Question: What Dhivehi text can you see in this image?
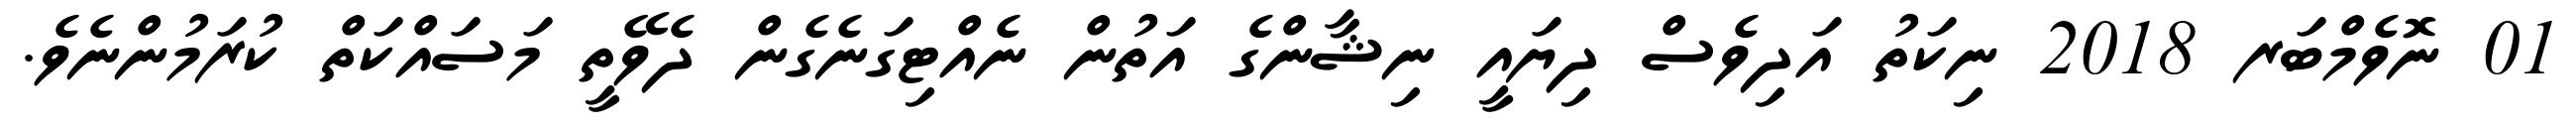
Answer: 01 ނޮވެމްބަރ 2018 ނިކަތު އަދިވެސް ދިޔައީ ނިޝާންގެ އަތުން ނެއްޓިގަނެގެން ދެވޭތީ މަސައްކަތް ކުރަމުންނެވެ.